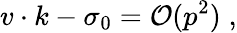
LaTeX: v\cdot k-\sigma_{0}={\cal O}(p^{2})\; ,